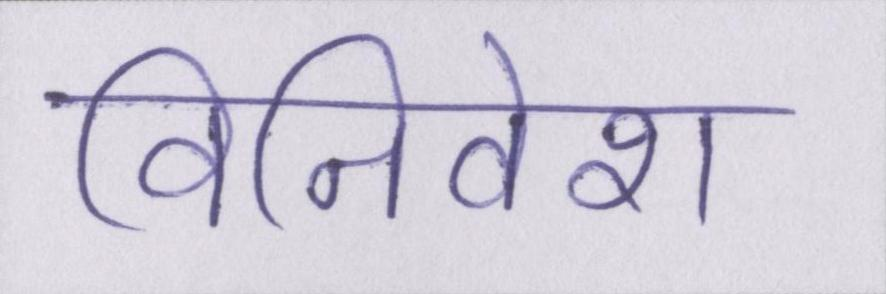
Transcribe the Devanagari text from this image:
विनिवेश